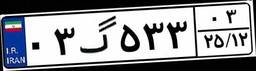
۰۳گ۵۳۳۰۳